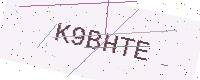
Text: K9BHTE